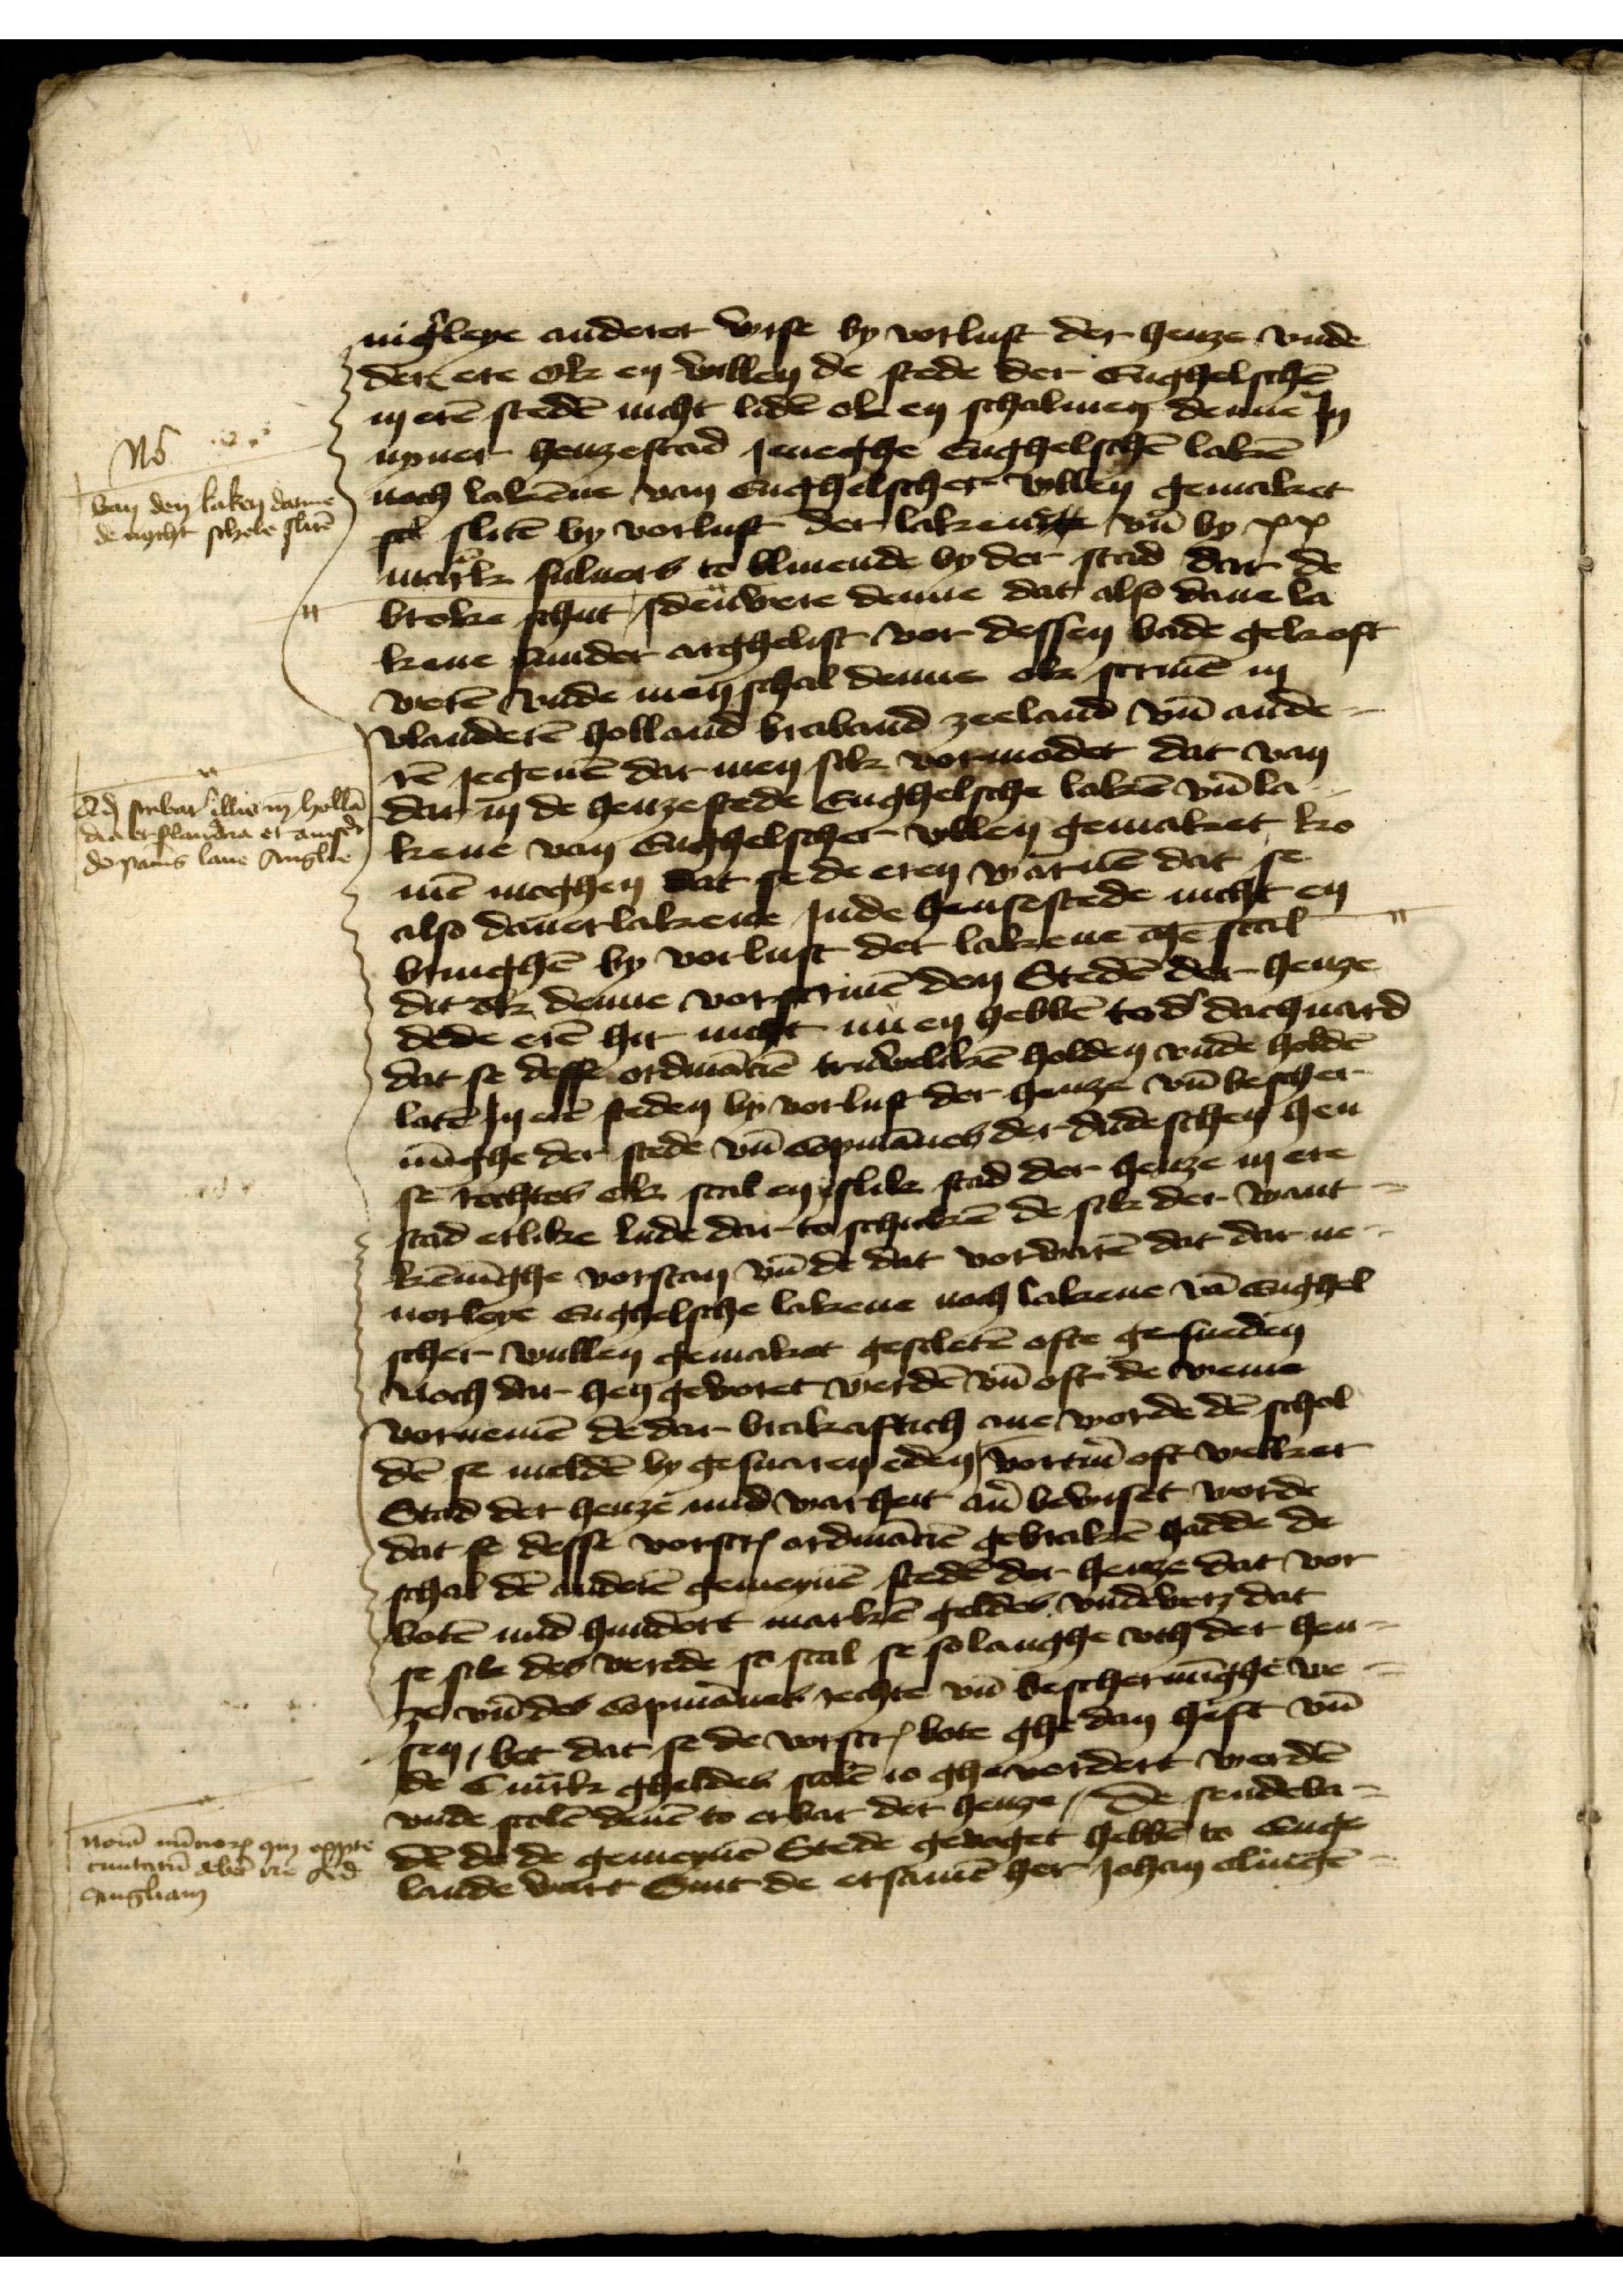
enigerleye anderer wise by vorlust der henze vnde
dere etc oke en willen de stede der Enghelschen
in eren steden nicht liden ok en schalmen denne Jn
nyner henzestad Jeneghe Enghelschen laken
noch lakenne van Enghelscher willen gemaket
sc sliten by vorlust der laken vnd by xx
mark suluers to bliuende by der stad dar de
broke schut, Jden wete denne dat also dane la¬
kene sunder arghelist vor dessen bade gekopt
weten vnde men schal denne ok scriuen in
Vlanderen Holland Braband Zeeland vnd ande¬
re jegenen dar men sik vormodet dat van
dar in de henze stede Enghelsche laken vnd la¬
kene van Enghelschet wollen gemaket ko¬
men moghen dat se de eren warnen dat se
also dauerlakene Jnde hensestede nicht en
bringhen by vorlust der lakene men scal
ditok denne vorscriuen den Steden der henze
dede eren hir nicht nu en hebben to der dachuard
dat se desse ordinancien truweliken holden vnde holden
laten ere steden bj vorlust der henze vnd bescher¬
minghe der stede van Copmannes der dudeschen hen¬
se rechtes ok scal eyslike stad der henze in ere
stad etlike lude dar toschicken de sik der want¬
kenninghe vorstan vnd de dat vorwaren dat dar ne¬
nerleye Enghelsche lakene noch lakene van Enghel¬
scher wullen gemaket gescleten ofte gefurden
Noch dar hen gevoret werden vnd oft de weme
vornemen de dar brakaftich ane worde den schol¬
den se melden by gesuaren eden vortmer oft welker
Stad der henzen mid warheit auer bewiset worde
dat se desse vorscreuen ordinancien gebraken hadde de
schal den anderen gemeynen steden der henze dat vor¬
boten mid hundert marken geldes vndewen dat
se sik des verede so scal se solanghe vth der hen¬
se vnd des Copmannes rechte vnd bescherminghe we¬
sen, bet dat se de vorscreuen bote ghedan heft vnd
de c marck gheldes scolen is ghevordet werden
vnde scolen denen to erbat der henze, de sendeba¬
den de de gemeynen Stede gevoget hebben to Enge¬
lande varen Sint de ersamen her Johan Clinge

No
van den laken datmen
de nocht schele sliten

A subari ilem Hollen
dia erflandera et anser
de sns laue Anglle

morn iudeorp gy copn
cmitaten debere d
Snglam